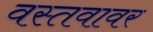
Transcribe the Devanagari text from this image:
वस्तवावर